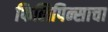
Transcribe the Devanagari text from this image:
फिलिपिन्साचा